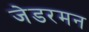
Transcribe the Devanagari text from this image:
जेडरमन